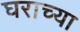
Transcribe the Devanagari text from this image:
घराच्‍या